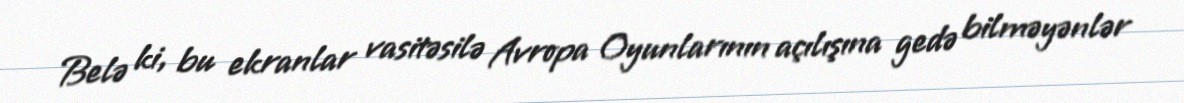
Belə ki, bu ekranlar vasitəsilə Avropa Oyunlarının açılışına gedə bilməyənlər